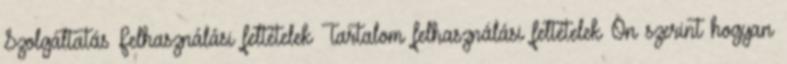
Szolgáltatás Felhasználási feltételek Tartalom felhasználási feltételek Ön szerint hogyan